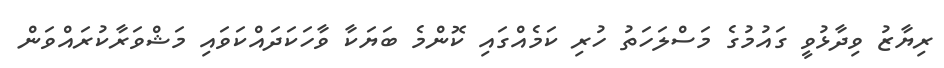
ރިޔާޒު ވިދާޅުވީ ގައުމުގެ މަސްލަހަތު ހުރި ކަމެއްގައި ކޮންމެ ބަޔަކާ ވާހަކަދައްކަވައި މަޝްވަރާކުރައްވަން